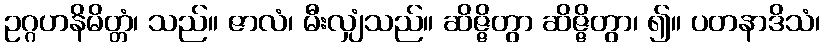
ဥဂ္ဂဟနိမိတ္တံ၊ သည်။ ဇာလံ၊ မီးလျှံသည်။ ဆိဇ္ဇိတွာ ဆိဇ္ဇိတွာ၊ ၍။ ပတနာဒိသံ၊